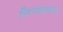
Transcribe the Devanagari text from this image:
जिन्यावरुन